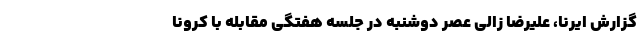
گزارش ایرنا، علیرضا زالی عصر دوشنبه در جلسه هفتگی مقابله با کرونا